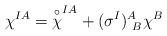
LaTeX: \begin{align*}\chi^{IA} = {\buildrel\circ\over \chi}^{IA} + (\sigma^I)^A_{\ B} \chi^B\end{align*}